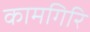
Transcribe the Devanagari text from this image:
कामगिरि